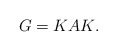
\begin{align*} G=KAK. \end{align*}